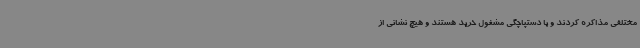
مختلفی مذاکره کردند و با دستپاچگی مشغول خرید هستند و هیچ نشانی از